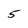
Character: 5